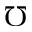
\mho